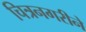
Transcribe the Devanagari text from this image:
चित्रनगरीने